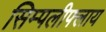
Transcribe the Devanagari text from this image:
सिम्पलीफ्लाय